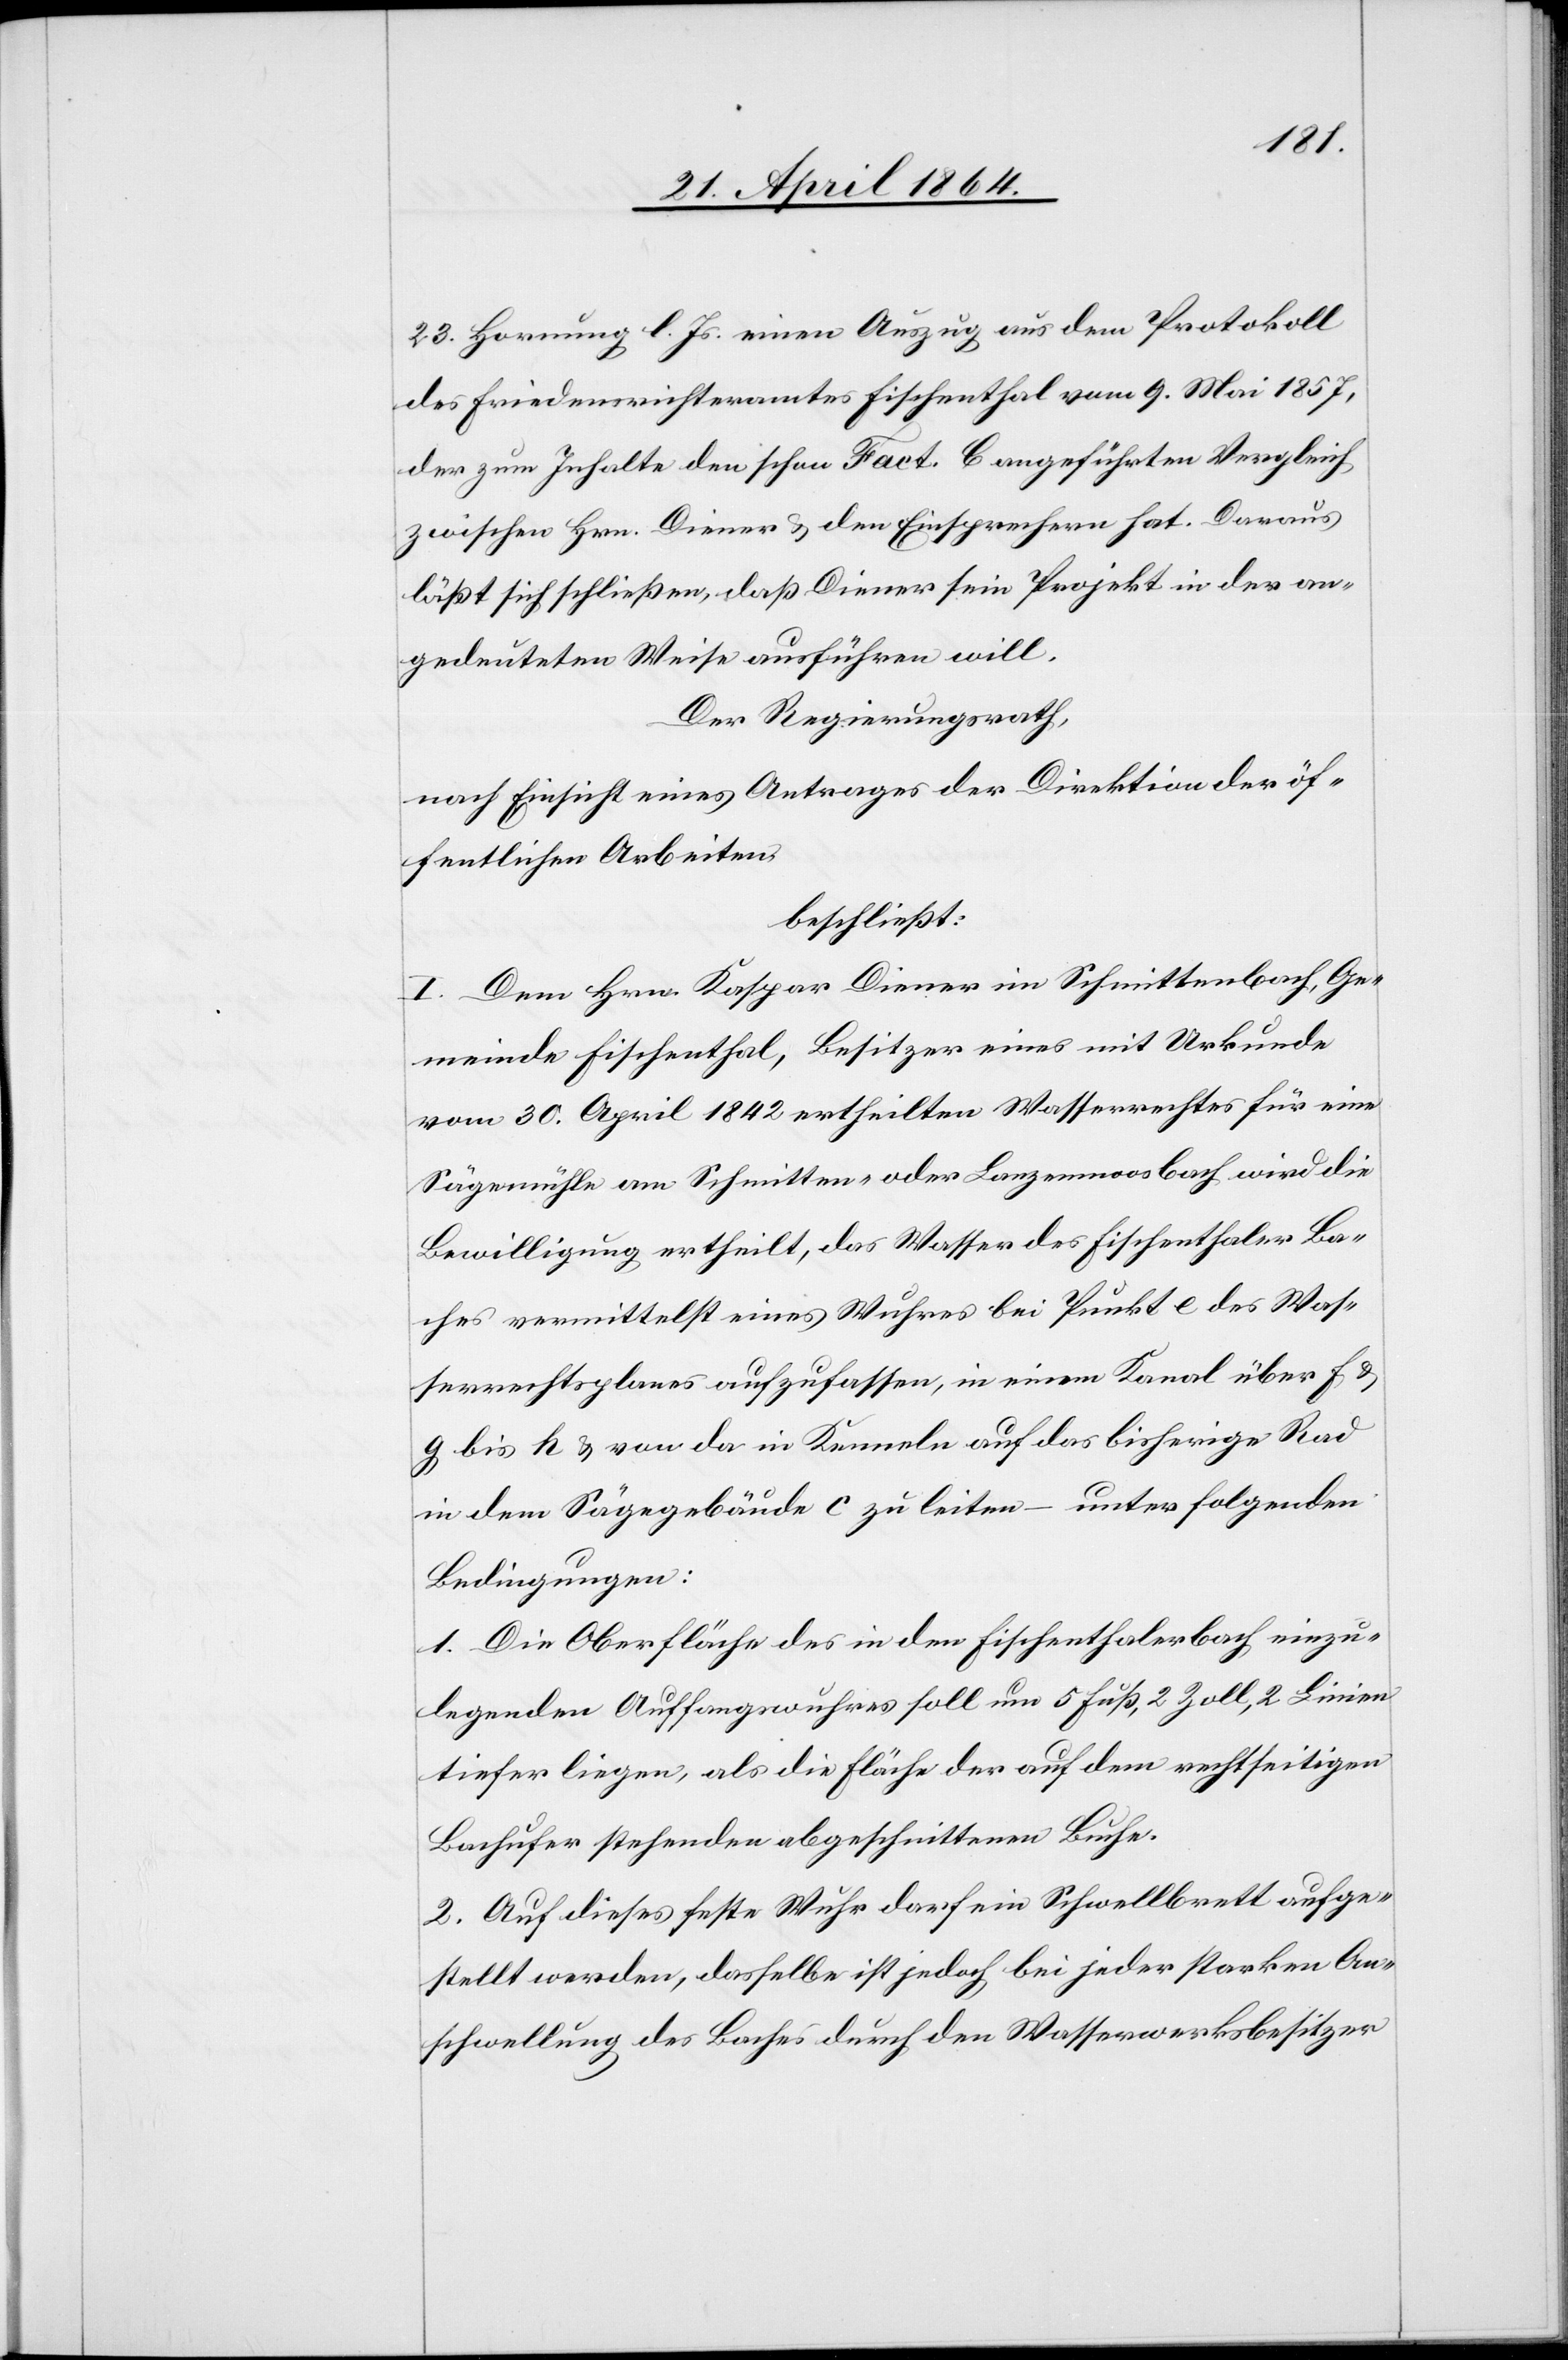
23. Hornung l. Js. einen Auszug aus dem Protokoll
des Friedensrichteramtes Fischenthal vom 9. Mai 1857,
der zum Inhalte den schon Fact. C. angeführten Vergleich
zwischen Hrn. Diener u. den Einsprechern hat. Daraus
läßt sich schließen, daß Diener sein Projekt in der an¬
gedeuteten Weise ausführen will.
Der Regierungsrath,
nach Einsicht eines Antrages der Direktion der öf¬
fentlichen Arbeiten,
beschließt:
I. Dem Hrn. Kaspar Diener im Schmittenbach, Ge¬
meinde Fischenthal, Besitzer eines mit Urkunde
vom 30. April 1842 ertheilten Wasserrechtes für eine
Sägemühle am Schmitten- oder Lanzenmoosbach wird die
Bewilligung ertheilt, das Wasser des Fischenthaler Ba¬
ches vermittelst eines Wuhres bei Punkt e des Was¬
serrechtsplanes aufzufassen, in einem Kanal über f.
g. bis h. u. von da in Kenneln auf das bisherige Rad
in dem Sägegebäude c zu leiten – unter folgenden
Bedingungen:
1. Die Oberfläche des in den Fischenthalerbach einzu¬
legenden Auffangswuhres soll um 5 Fuß, 2 Zoll, 2 Linien
tiefer liegen, als die Fläche der auf dem rechtseitigen
Bachufer stehenden abgeschnittenen Buche.
2. Auf dieses feste Wuhr darf ein Schwellbrett aufge¬
stellt werden, dasselbe ist jedoch bei jeder starken An¬
schwellung des Baches durch den Wasserwerksbesitzer